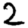
Digit: 2